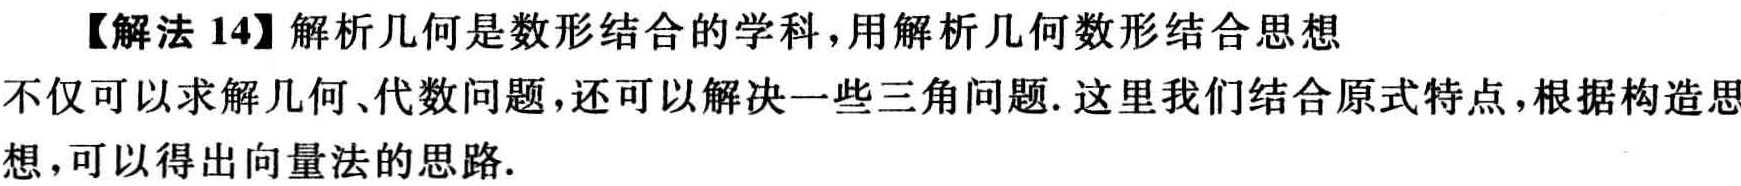
【解法 14】解析几何是数形结合的学科，用解析几何数形结合思想不仅可以求解几何、代数问题，还可以解决一些三角问题. 这里我们结合原式特点，根据构造思想，可以得出向量法的思路.